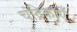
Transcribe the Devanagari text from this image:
चंद्रिकाएँ